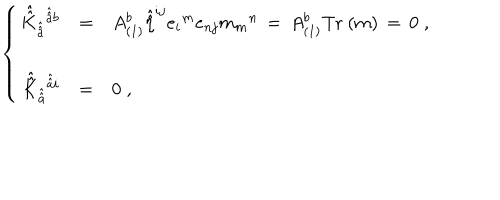
\left\{ \begin{array} { r c l } { { \hat { \hat { K } } _ { \hat { \hat { a } } } { } ^ { \hat { \hat { a } } b } } } & { { = } } & { { A _ { ( 1 ) } ^ { b } \hat { \hat { \eta } } ^ { i j } { e _ { i } } ^ { m } e _ { n j } { m _ { m } } ^ { n } \, = \, A _ { ( 1 ) } ^ { b } \mathrm { T r } \ ( m ) \, = \, 0 \; , } } \\ { { } } & { { } } & { { } } \\ { { \hat { \hat { K } } _ { \hat { \hat { a } } } { } ^ { \hat { \hat { a } } i } } } & { { = } } & { { 0 \; , } } \\ \end{array} \right.